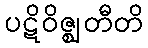
ပဋိဝိဇ္ဈတီတိ